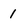
Character: 1